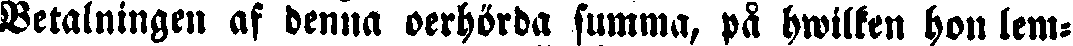
Betalningen af denna oerhörda summa, pä hwilken hon lem-